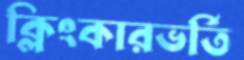
ক্লিংকারভর্তি